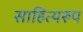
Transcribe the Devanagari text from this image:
साहित्यरुप